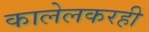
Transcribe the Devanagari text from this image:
कालेलकरही